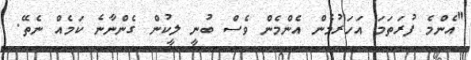
"އެންމެ ފުރަތަމަ އަހަރުމެން އެންމެން ވެސް ބުނީ ލީކުން ގެންނާނެ ކަމެއް ނެތޭ.